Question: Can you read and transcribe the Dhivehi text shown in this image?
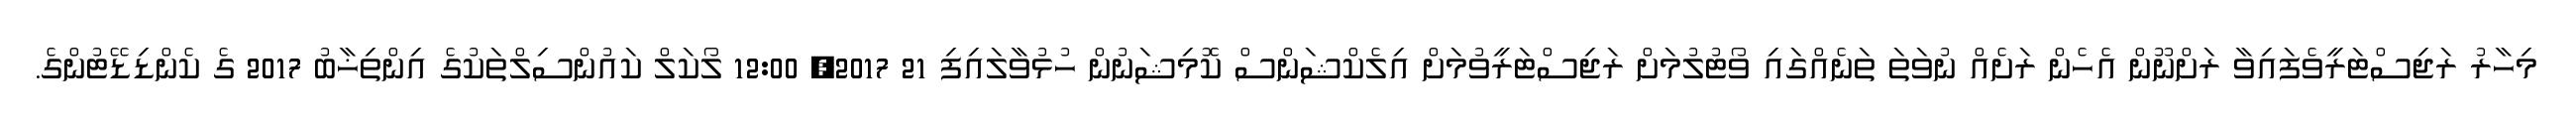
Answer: މިހާރު ރަޖިސްޓަރީވެފައިވާ ރަށްނޫން އެހެން ރަށެއް ނުވަތަ ތަނެއްގައި ވޯޓުލުމަށް ރަޖިސްޓަރީވުމަށް އިލެކްޝަންސް ކޮމިޝަނުން ހުޅުވާލައިފި 21 2017, 12:00 ލޯކަލް ކައުންސިލްތަކުގެ އިންތިޚާބު 2017 ގެ ކެންޑިޑޭޓުންގެ.